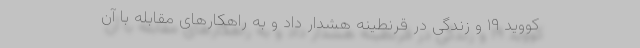
کووید ۱۹ و زندگی در قرنطینه هشدار داد و به راهکارهای مقابله با آن